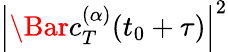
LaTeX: \left|\Bar{c}_{T}^{(\alpha)}(t_{0}+\tau)\right|^{2}